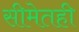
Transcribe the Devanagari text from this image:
सीमेतही